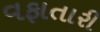
વફાતારી